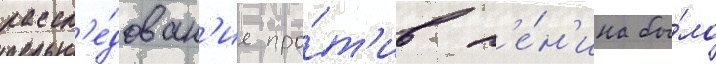
рассл'е́дован'ие про́т'ив л'е́н'ина бы́ло